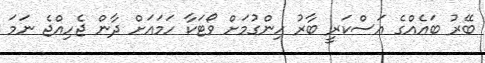
ބޭރު ބައެއްގެ އަސްކަރީ ބާރު ހިންގުމަށް ވޯޓަކާ ހަމައަށް ދާން ޖެހިއްޖެ ނަމަ